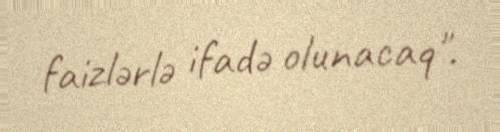
faizlərlə ifadə olunacaq".